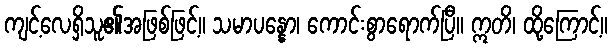
ကျင့်လေရှိသူ၏အဖြစ်ဖြင့်။ သမာပန္နော၊ ကောင်းစွာရောက်ပြီ။ ဣတိ၊ ထို့ကြောင့်။